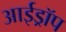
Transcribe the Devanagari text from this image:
आईड्रॉप